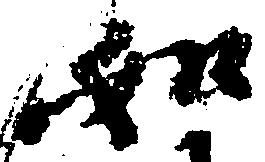
如